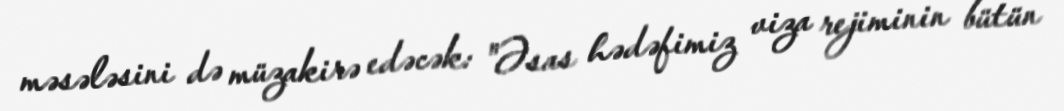
məsələsini də müzakirə edəcək: "Əsas hədəfimiz viza rejiminin bütün